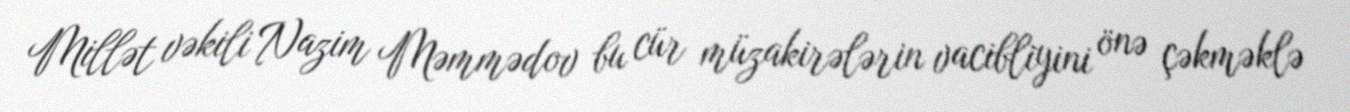
Millət vəkili Nazim Məmmədov bu cür müzakirələrin vacibliyini önə çəkməklə